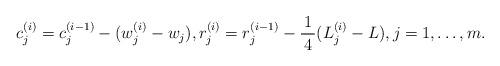
LaTeX: \begin{align*}c^{(i)}_j = c^{(i-1)}_j-(w^{(i)}_j-w_j), r^{(i)}_j = r^{(i-1)}_j-\frac{\,1\,}{4}(L^{(i)}_j -L), j=1,\ldots,m.\end{align*}